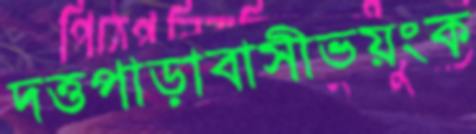
দত্তপাড়াবাসীভয়ংক